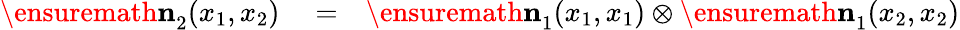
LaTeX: \begin{array}{rlr}{\ensuremath{\mathbf{n}}_{2}^{}(x_{1},x_{2})}&{{}=}&{\ensuremath{\mathbf{n}}_{1}^{}(x_{1},x_{1})\otimes\ensuremath{\mathbf{n}}_{1}^{}(x_{2},x_{2})}\end{array}